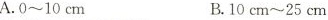
A.0~10cm B.10cm~25cm